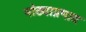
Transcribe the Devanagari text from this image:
मोठ्याप्रमात